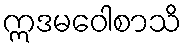
ဣဒမဝေါစာသိ